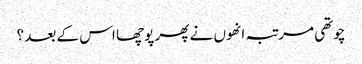
چوتھی مرتبہ انھوں نے پھر پوچھا اس کے بعد ؟